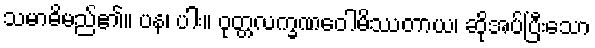
သမာဓိမည်၏။ ပန၊ ပါး။ ဝုတ္တလက္ခဏဝေါမိဿတာယ၊ ဆိုအပ်ပြီးသော